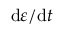
\mathrm { d } \varepsilon / \mathrm { d } t